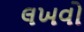
લખવો